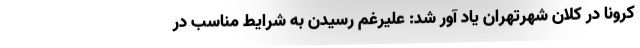
کرونا در کلان شهرتهران یاد آور شد: علیرغم رسیدن به شرایط مناسب در